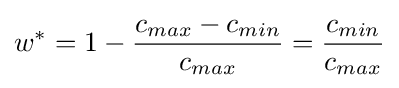
w^{*}=1-{\frac {c_{max}-c_{min}}{c_{max}}}={\frac {c_{min}}{c_{max}}}